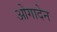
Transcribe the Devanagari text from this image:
ओगादेन